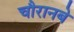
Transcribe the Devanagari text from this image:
चौरानबे